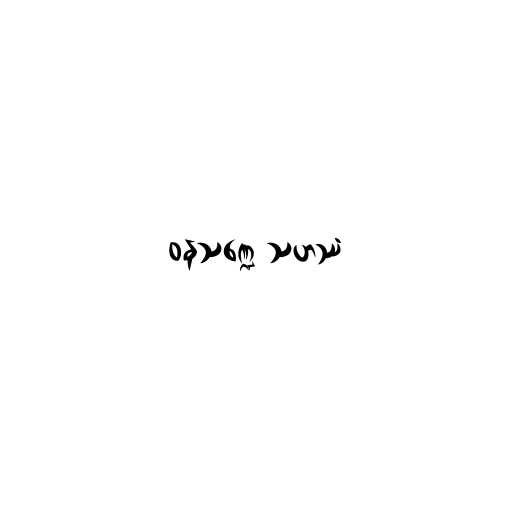
ဝနသဏ္ဍေ သဟဿံ